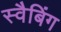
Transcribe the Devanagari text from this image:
स्वैबिंग